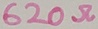
Text: 620Ω